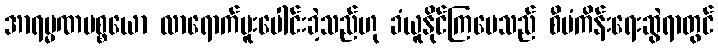
အာရမ္မဏပစ္စယော လာရောက်ပူးပေါင်းခဲ့သည်ဟု ခံယူနိုင်ကြပေသည် စီမံကိန်းရေးဆွဲရာတွင်